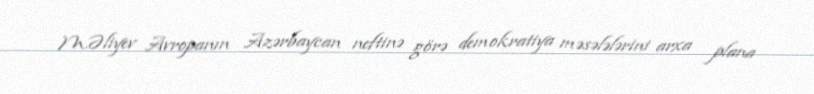
M.Əliyev Avropanın Azərbaycan neftinə görə demokratiya məsələlərini arxa plana